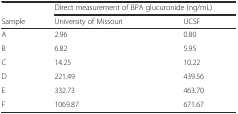
|  | <COLSPAN=2> Direct measurement of BPA glucuronide (ng/mL) |
 | Sample | University of Missouri | UCSF |
 | --- | --- | --- |
 | A | 2.96 | 0.80 |
 | B | 6.82 | 5.95 |
 | C | 14.25 | 10.22 |
 | D | 221.49 | 439.56 |
 | E | 332.73 | 463.70 |
 | F | 1069.87 | 671.67 |